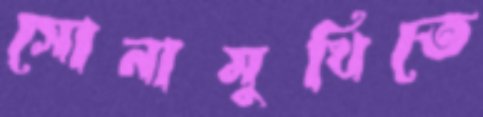
সোনামুখিতে